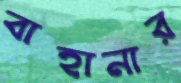
বাহানার